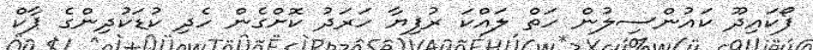
ފޯކައިދޫ ކައުންސިލުން ހަތް ލައްކަ ރުފިޔާ ހަރަދު ކޮށްގެން ހެދި ކުޑަކުދިންގެ ޕާކް